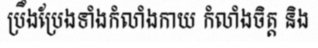
ប្រឹងប្រែងទាំងកំលាំងកាយ កំលាំងចិត្ត និង